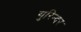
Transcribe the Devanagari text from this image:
गुरिन्दर